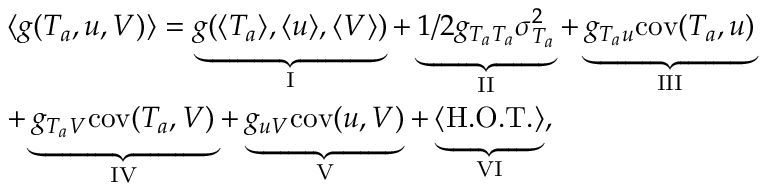
\begin{array} { r l } & { \langle g ( T _ { a } , u , V ) \rangle = \underbrace { g ( \langle T _ { a } \rangle , \langle u \rangle , \langle V \rangle ) } _ { \mathrm { I } } + \underbrace { 1 / 2 g _ { T _ { a } T _ { a } } \sigma _ { T _ { a } } ^ { 2 } } _ { \mathrm { I I } } + \underbrace { g _ { T _ { a } u } \mathrm { c o v } ( T _ { a } , u ) } _ { \mathrm { I I I } } } \\ & { + \underbrace { g _ { T _ { a } V } \mathrm { c o v } ( T _ { a } , V ) } _ { \mathrm { I V } } + \underbrace { g _ { u V } \mathrm { c o v } ( u , V ) } _ { \mathrm { V } } + \underbrace { \langle \mathrm { H . O . T . } \rangle } _ { \mathrm { V I } } , } \end{array}